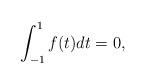
LaTeX: \begin{align*}\int_{-1}^1f(t)dt=0,\end{align*}